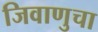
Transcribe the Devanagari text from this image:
जिवाणुचा